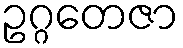
ဥဂ္ဂတေဇာ